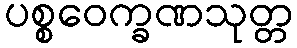
ပစ္စဝေက္ခဏသုတ္တ